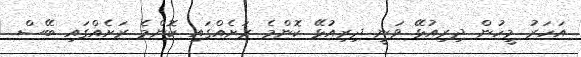
އަހަރު މީހުން ދިރިއުޅޭ ވަނީ ދިރިއުޅޭ ކޮންމެ ރަށެއްގައި ކޮންމެ ރަށެއްގައި ބޭސް